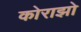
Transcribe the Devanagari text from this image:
कोराझो